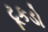
ટૂકડો